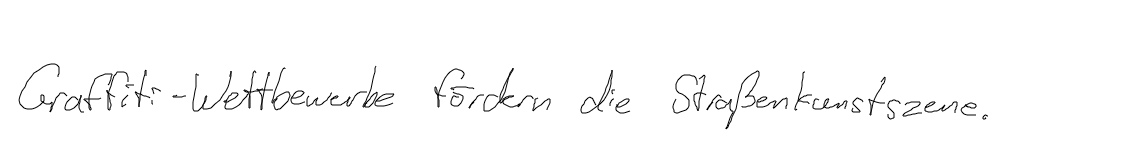
Graffiti-Wettbewerbe fördern die Straßenkunstszene.